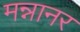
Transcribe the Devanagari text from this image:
मन्नानर